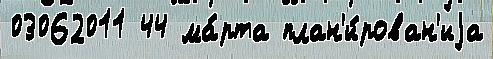
03062011 44 ма́рта план'и́рован'иjа